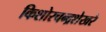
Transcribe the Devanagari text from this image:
किशोरचन्द्रशेखरे